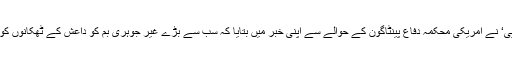
غیر ملکی خبر رساں ادارے ’اے ایف پی‘ نے امریکی محکمہ دفاع پینٹاگون کے حوالے سے اپنی خبر میں بتایا کہ سب سے بڑے غیر جوہری بم کو داعش کے ٹھکانوں کو نشانہ بنانے کے لیے استعمال کیا گیا۔